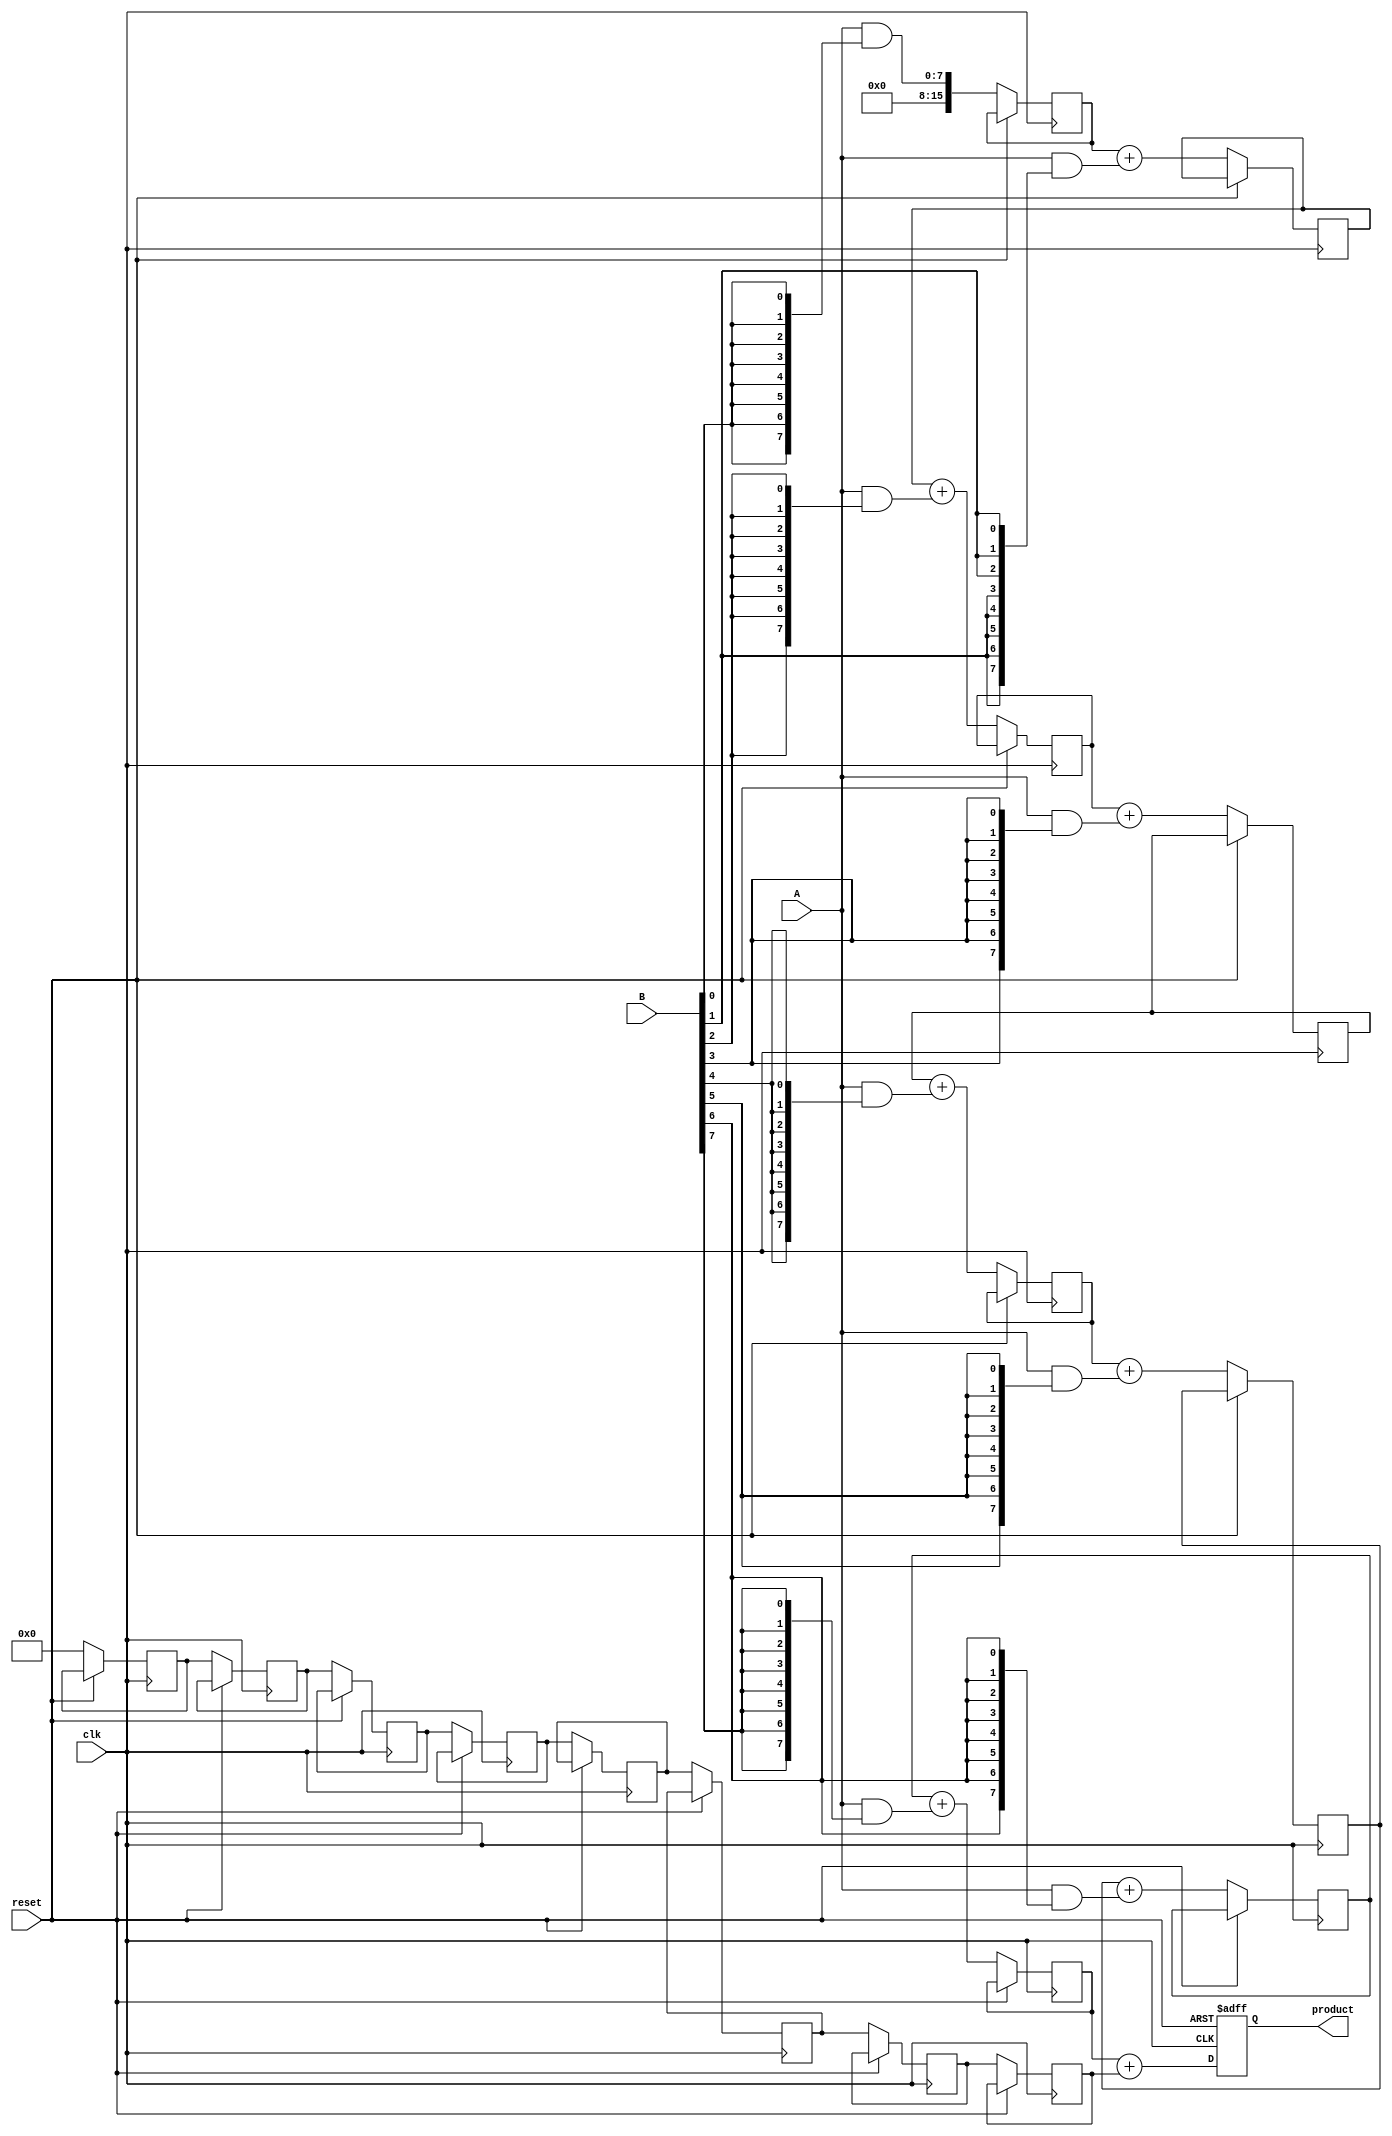
module WallaceTreeMultiplier #(parameter WIDTH = 8) (
    input wire clk,
    input wire reset,
    input wire [WIDTH-1:0] A,
    input wire [WIDTH-1:0] B,
    output reg [2*WIDTH-1:0] product
);

    // Intermediate signals
    wire [WIDTH-1:0] partial_products[WIDTH-1:0];
    wire [2*WIDTH-1:0] sum[WIDTH:0];
    wire [WIDTH:0] carry[WIDTH:0];

    // Generate partial products
    genvar i;
    generate
        for (i = 0; i < WIDTH; i = i + 1) begin : gen_partial_products
            assign partial_products[i] = A & {WIDTH{B[i]}};
        end
    endgenerate

    // Wallace tree reduction
    integer stage;
    always @(posedge clk or posedge reset) begin
        if (reset) begin
            product <= 0;
        end else begin
            // Initialize the first stage with partial products
            for (stage = 0; stage < WIDTH; stage = stage + 1) begin
                if (stage == 0) begin
                    sum[0] <= partial_products[0];
                    carry[0] <= 0;
                end else begin
                    sum[stage] <= sum[stage-1] + partial_products[stage];
                    carry[stage] <= carry[stage-1];
                end
            end
            
            // Final addition to get the product
            product <= sum[WIDTH-1] + carry[WIDTH-1];
        end
    end

endmodule